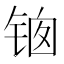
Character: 𰾊